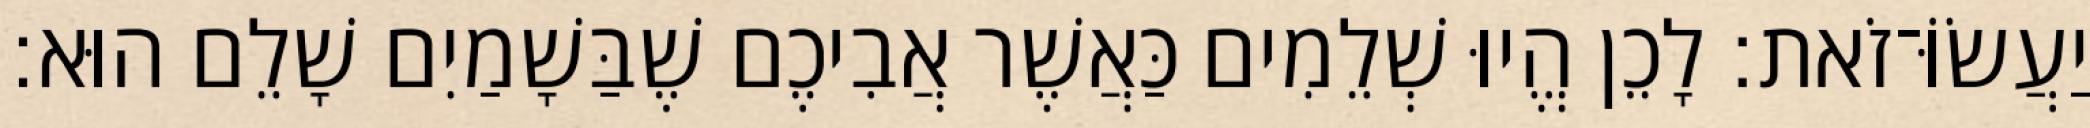
יַעֲשׂוֹּ־זֹאת׃ לָכֵן הֱיוּ שְׁלֵמִים כַּאֲשֶׁר אֲבִיכֶם שֶׁבַּשָׁמַיִם שָׁלֵם הוּא׃